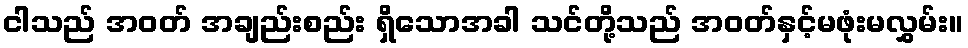
ငါသည် အဝတ် အချည်းစည်း ရှိသောအခါ သင်တို့သည် အဝတ်နှင့်မဖုံးမလွှမ်း။